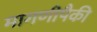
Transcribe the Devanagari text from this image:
मागणीपैकी